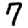
Digit: 7